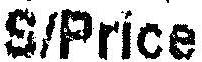
S/PRICE